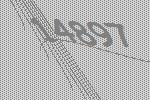
14897